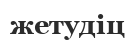
жетудіц